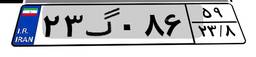
۱۲گ۲۲۱۳۸